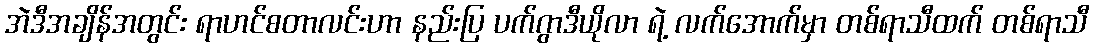
အဲဒီအချိန်အတွင်း ရာဟင်စတာလင်းဟာ နည်းပြ ပက်ဂွာဒီယိုလာ ရဲ့ လက်အောက်မှာ တစ်ရာသီထက် တစ်ရာသီ